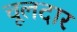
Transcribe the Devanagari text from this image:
चूलदार